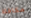
مكافئة